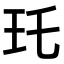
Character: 𤣯